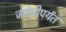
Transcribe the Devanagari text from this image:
जर्मनीपर्यंत